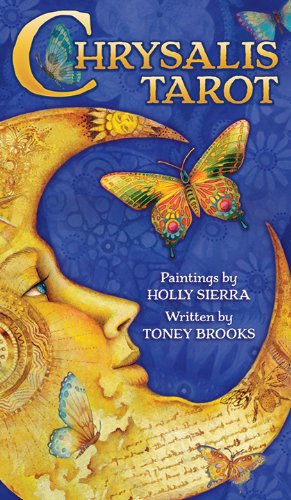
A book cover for Chrysalis Tarot; Toney Brooks; Religion & Spirituality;